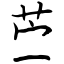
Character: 苎